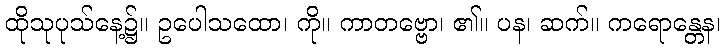
ထိုသုပုသ်နေ့၌။ ဥပေါသထော၊ ကို။ ကာတဗ္ဗော၊ ၏။ ပန၊ ဆက်။ ကရောန္တေန၊